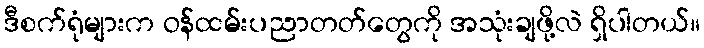
ဒီစက်ရုံများက ဝန်ထမ်းပညာတတ်တွေကို အသုံးချဖို့လဲ ရှိပါတယ်။